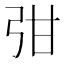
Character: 𭚩